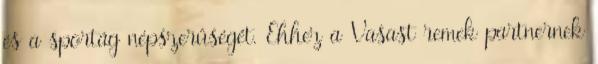
és a sportág népszerűségét. Ehhez a Vasast remek partnernek